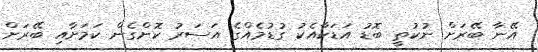
އޭނާ ބޭރަށް ނުކުތީ ބޮޑު އަޑަކާއެކު ގުޑުމެއްގެ އަސަރު ކޮށްގެން ކަމަށާއި ބޭރަށް